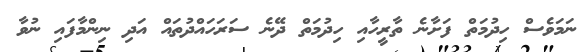
ނަމަވެސް ހިދުމަތް ފަށާނެ ތާރީހާއި ހިދުމަތް ދޭނެ ސަރަހައްދުތައް އަދި ނިންމާފައި ނުވާ